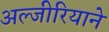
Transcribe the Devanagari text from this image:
अल्जीरियाने